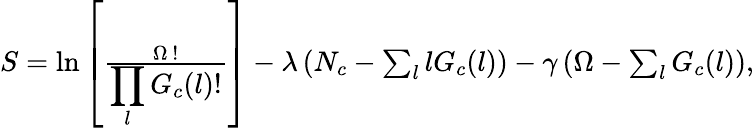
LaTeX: \begin{array}{r}{S=\ln\left[\frac{\Omega~!}{\displaystyle\prod_{l}G_{c}(l)!}\right]-\lambda\left(N_{c}-\sum_{l}lG_{c}(l)\right)-\gamma\left(\Omega-\sum_{l}G_{c}(l)\right),}\end{array}